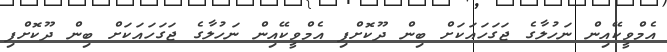
އެމްވީކޭއިން ނަހުލާގެ ޖަގަހައަކަށް ބިން ދޫކޮށްފި އެމްވީކޭއިން ނަހުލާގެ ޖަގަހައަކަށް ބިން ދޫކޮށްފި